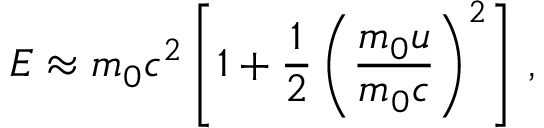
E \approx m _ { 0 } c ^ { 2 } \left[ 1 + { \frac { 1 } { 2 } } \left( { \frac { m _ { 0 } u } { m _ { 0 } c } } \right) ^ { 2 } \right] \, ,